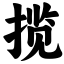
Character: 揽